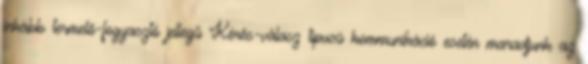
inkább termelő-fogyasztó jellegű Kérés-válasz típusú kommunikáció esetén maradjunk az